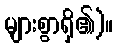
များစွာရှိ၏)။